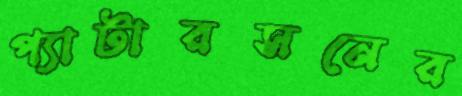
প্যাটারসনের